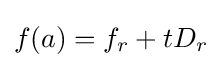
f(a)=f_{r}+tD_{r}